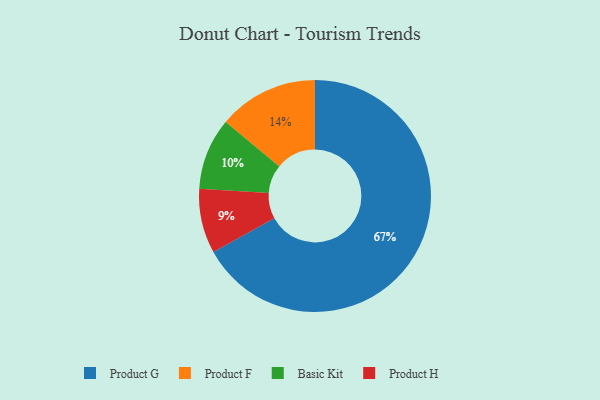
{"axis": {"x": "Category", "y": "Percentage"}, "legend": ["Basic Kit", "Product F", "Product G", "Product H"], "data": [{"x": "Product G", "y": 67, "type": "Product G"}, {"x": "Product H", "y": 9, "type": "Product H"}, {"x": "Basic Kit", "y": 10, "type": "Basic Kit"}, {"x": "Product F", "y": 14, "type": "Product F"}]}